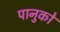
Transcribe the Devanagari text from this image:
पानुको